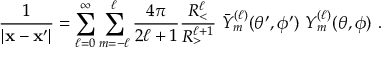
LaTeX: \frac { 1 } { | { \bf x } - { \bf x ^ { \prime } } | } = \sum _ { \ell = 0 } ^ { \infty } \sum _ { m = - \ell } ^ { \ell } \frac { 4 \pi } { 2 \ell + 1 } \frac { R _ { < } ^ { \ell } } { R _ { > } ^ { \ell + 1 } } \ \bar { Y } _ { m } ^ { ( \ell ) } ( \theta ^ { \prime } , \phi ^ { \prime } ) \ Y _ { m } ^ { ( \ell ) } ( \theta , \phi ) \ .